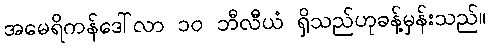
အမေရိကန်ဒေါ်လာ ၁၀ ဘီလီယံ ရှိသည်ဟုခန့်မှန်းသည်။